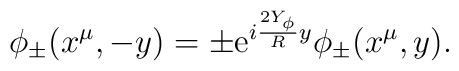
\phi_{\pm}(x^\mu, -y) = \pm {\rm e}^{i \frac{2 Y_{\phi}}{R} y}    \phi_{\pm} (x^\mu, y).